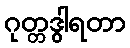
ဂုတ္တဒွါရတာ